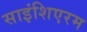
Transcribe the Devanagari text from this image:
साइंशिएरम